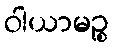
ဝါယာမဉ္စ